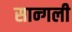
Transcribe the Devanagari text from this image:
सान्गली